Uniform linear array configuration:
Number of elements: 8
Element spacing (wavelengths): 0.5
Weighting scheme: kaiser
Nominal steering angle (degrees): -30
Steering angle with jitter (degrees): -31.954
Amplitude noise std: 0.05
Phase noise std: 0.05

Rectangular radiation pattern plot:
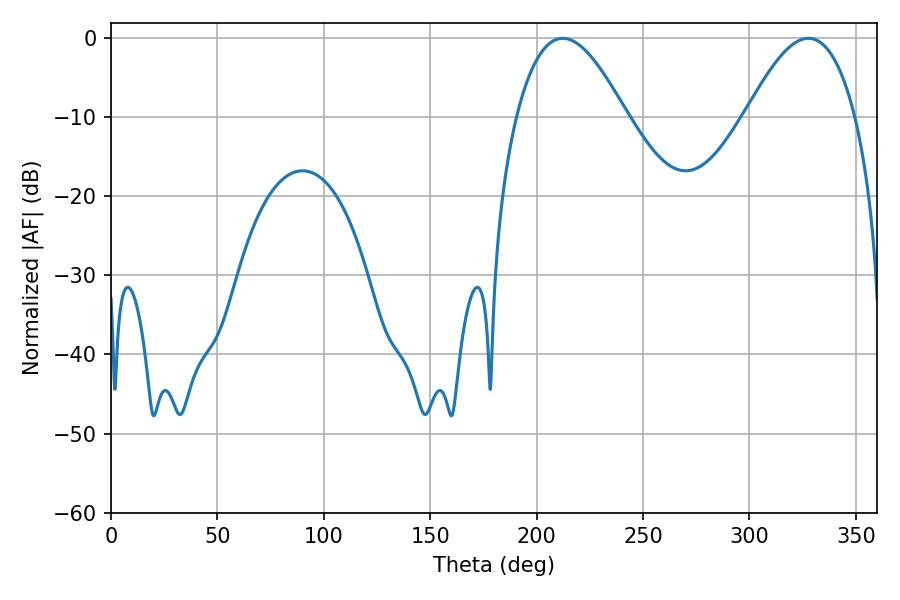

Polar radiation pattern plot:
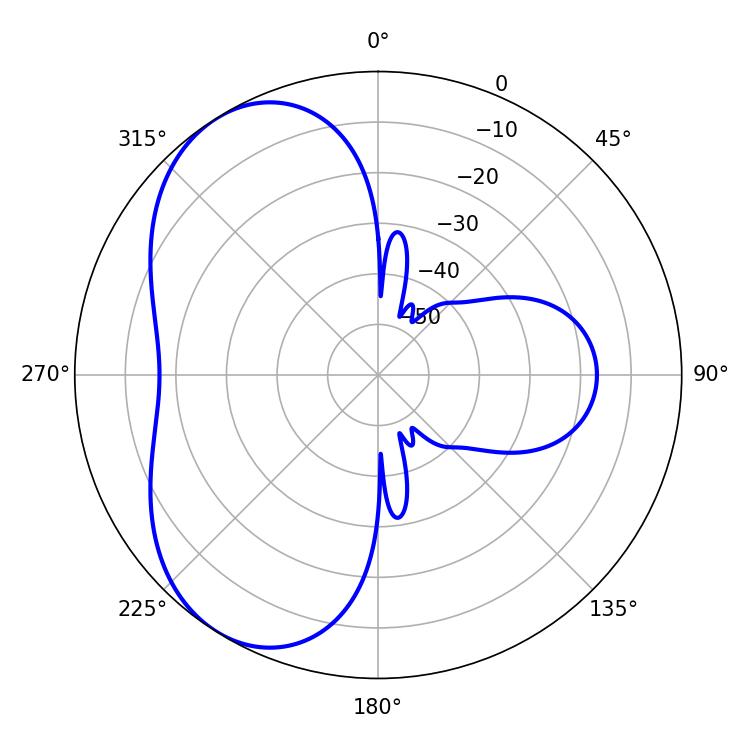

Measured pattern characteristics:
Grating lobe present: FALSE
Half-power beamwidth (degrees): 28.08
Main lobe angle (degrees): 212.22